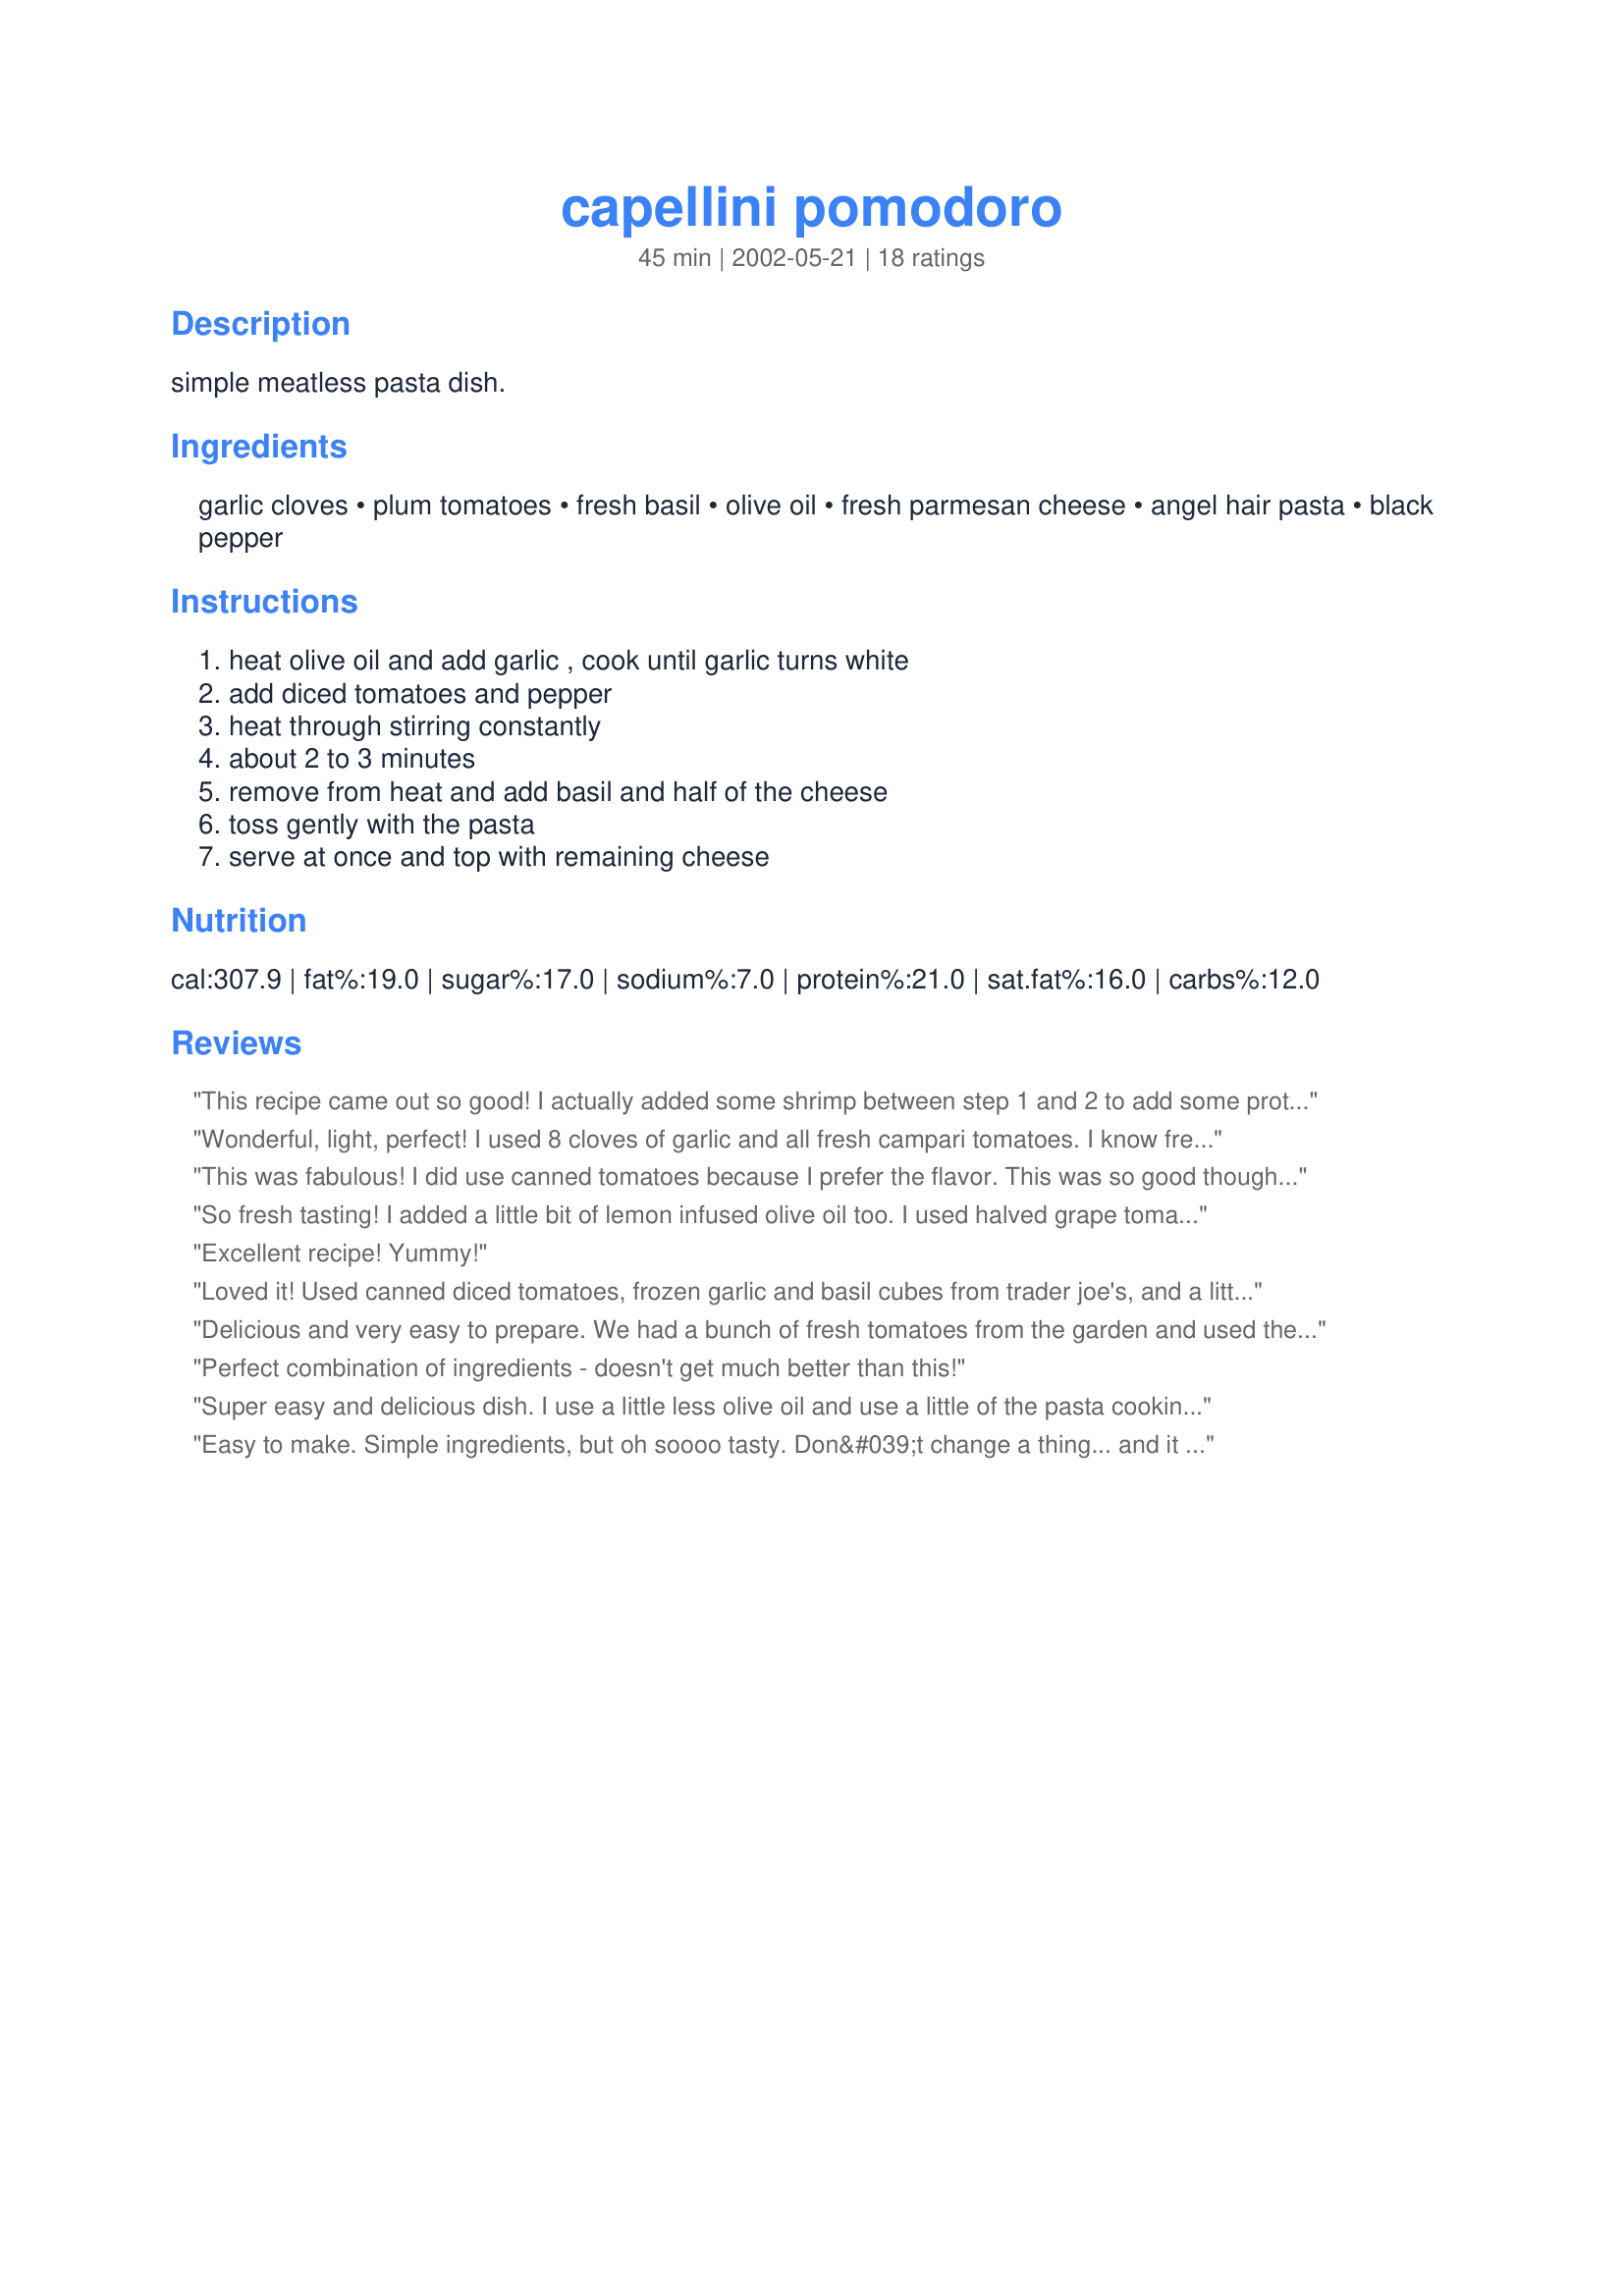
capellini pomodoro
Preparation time: 45 minutes

simple meatless pasta dish.

Ingredients:
garlic cloves, plum tomatoes, fresh basil, olive oil, fresh parmesan cheese, angel hair pasta, black pepper

Steps:
heat olive oil and add garlic , cook until garlic turns white, add diced tomatoes and pepper, heat through stirring constantly, about 2 to 3 minutes, remove from heat and add basil and half of the cheese, toss gently with the pasta, serve at once and top with remaining cheese

Reviews:
This recipe came out so good! I actually added some shrimp between step 1 and 2 to add some protein and it worked perfectly. Thanks for posting!!
Wonderful, light, perfect! I used 8 cloves of garlic and all fresh campari tomatoes. I know fresh basil is required in a recipe like this but I had to use dry and still we loved it!!! I made this with a pound of pasta and slightly increased all ingredients. Even 3 and 5 year old ate it up. Perfect with home made garlic bread. Thanks for posting!
This was fabulous! I did use canned tomatoes because I prefer the flavor. This was so good though, I will be making it again soon!
So fresh tasting! I added a little bit of lemon infused olive oil too. I used halved grape tomatoes. We had this with some grilled salmon - might be my favorite meal ever!
Excellent recipe! Yummy!
Loved it! Used canned diced tomatoes, frozen garlic and basil cubes from trader joe's, and a little less oil. Great with heart healthy angel hair. Would like to experiment with ratios so I could use a whole box of pasta.
Delicious and very easy to prepare. We had a bunch of fresh tomatoes from the garden and used them all in this great dish.
Perfect combination of ingredients - doesn't get much better than this!
Super easy and delicious dish. I use a little less olive oil and use a little of the pasta cooking water to make up the difference. Absolutely delicious and specially made for tomato season.
Easy to make. Simple ingredients, but oh soooo tasty. Don&#039;t change a thing... and it plates up pretty too.
I made this for my boyfriend and he loved it! I added chicken, marinated in olive oil and white wine with some Italian seasoning. It was great!!
This was awesome. I used my favorite Shirataki tofu noodles. It was delicious and healthy. I used tons of garlic, yum, and grape tomatoes, halved. Thank you Josie!
Holy cow is this good! Better than any restaurant! I used homegrown vine-ripe tomatoes that I skinned first and dried basil that I soaked in a spoonful of boiling pasta water. I added a half of a large onion to the garlic and olive oil. My family raved! Even my one-year old ate it!
This was very simple and delicious. I ended up not having any olive oil and actually used canola oil (gasp!) and used canned tomatoes. Very light but satisfying. Yummy!
It's a great traditional recipe! I did however add shrimp and and chili flakes to kick it up a notch and it was quite delicious!
This was DELICIOUS! My fridge was looking pretty empty today, but I happened to have these exact items on hand (except I used Romano cheese instead of parm). This was the perfect quick dinner fix! I can't wait to make this again with tomatoes from my garden this summer.
My husband and I found this to be a restaurant quality dish. I used linguini because that's what I had. Like a previous review, I used the basil cube from Trader Joe's, but fresh would have been better. I added a splash of good balsamic vinegar towards the end for added flavor. Thanks for making this dish easy to make. One note, the instructions of cooking the garlic until white I found confusing. Mine was white and didn't change color. I sauted it for 45 seconds.
This was an awesome way to use up the last of my garden tomatoes! Delicious.
